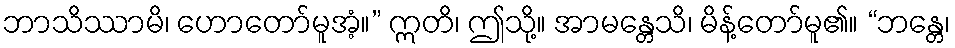
ဘာသိဿာမိ၊ ဟောတော်မူအံ့။” ဣတိ၊ ဤသို့။ အာမန္တေသိ၊ မိန့်တော်မူ၏။ “ဘန္တေ၊